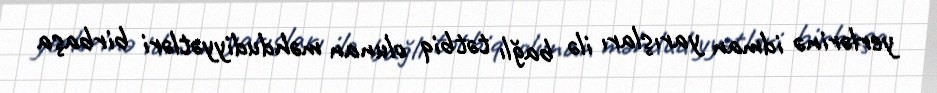
yerlərinə idman yarışları ilə bağlı tətbiq olunan məhdudiyyətləri birbaşa